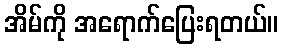
အိမ်ကို အရောက်ပြေးရတယ်။